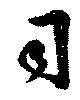
司